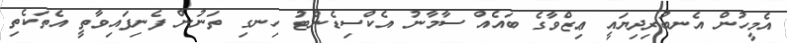
އެމީހުން އެނބުރިދިޔައީ ޢިޒްވާގެ ބައެއް ސާމާނު އެކްސިޑެންޓު ހިނގި ތަނުން ފެނިފައިވާތީ އެތަކެތި